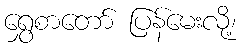
ရွှေစာတော် ပြန်မေးလို့၊